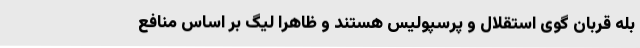
بله قربان گوی استقلال و پرسپولیس هستند و ظاهراً لیگ بر اساس منافع